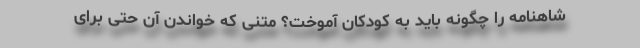
شاهنامه را چگونه باید به کودکان آموخت؟ متنی که خواندن آن حتی برای